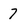
Character: 7